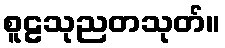
စူဠသုညတသုတ်။